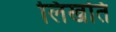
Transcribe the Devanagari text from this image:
लिखति